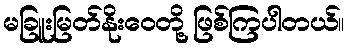
မခြူးမြတ်နိုးဝေတို့ ဖြစ်ကြပါတယ်။